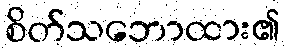
စိတ်သဘောထား၏